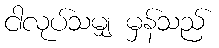
ငါလုပ်သမျှ မှန်သည်